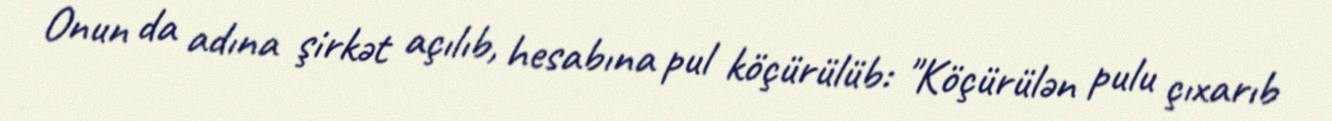
Onun da adına şirkət açılıb, hesabına pul köçürülüb: "Köçürülən pulu çıxarıb